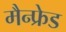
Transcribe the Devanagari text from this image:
मैन्फ्रेड